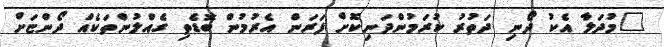
"މުދަލާ އެކު ދޯނި ދަތުރު ކުރަމުންދަނިކޮށް ފަރަން އެރުމުން ބޮޑެތި ގެއްލުންތަކެއް ދޯންޏަށް